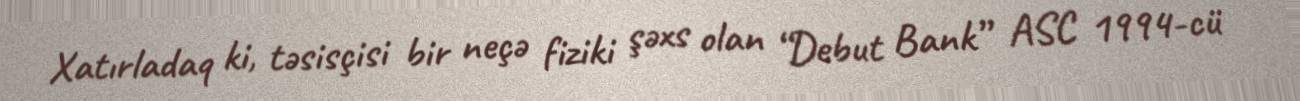
Xatırladaq ki, təsisçisi bir neçə fiziki şəxs olan “Debut Bank” ASC 1994-cü